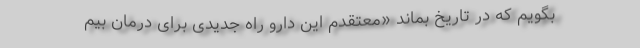
بگویم که در تاریخ بماند «معتقدم این دارو راه جدیدی برای درمان بیم